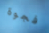
فجوة